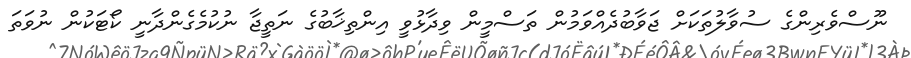
ނޫސްވެރިންގެ ސުވާލުތަކަށް ޖަވާބުދެއްވަމުން ތަސްމީން ވިދާޅުވީ އިންތިޚާބުގެ ނަތީޖާ ނުކުމެގެންދާނީ ކޯޓަކުން ނުވަތަ